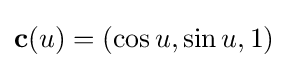
\mathbf {c} (u)=(\cos u,\sin u,1)